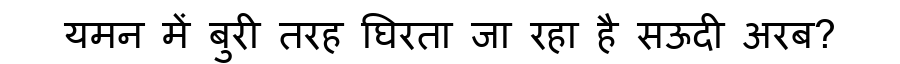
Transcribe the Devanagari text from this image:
यमन में बुरी तरह घिरता जा रहा है सऊदी अरब?